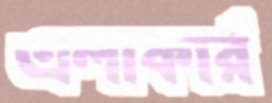
এলাকার্র